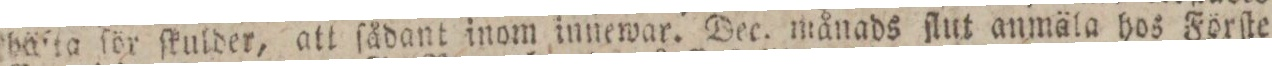
häſta för ſkulder, att ſådant inom innewar. Dec. månads ſlut anmäla hos Förſte